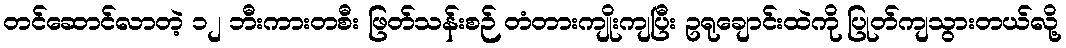
တင်ဆောင်လာတဲ့ ၁၂ ဘီးကားတစီး ဖြတ်သန်းစဉ် တံတားကျိုးကျပြီး ဥရုချောင်းထဲကို ပြုတ်ကျသွားတယ်လို့